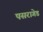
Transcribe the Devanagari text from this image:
पसरागेड